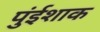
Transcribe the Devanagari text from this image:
पुंईशाक